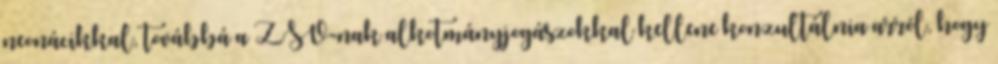
neonácikkal, továbbá a ZSV-nak alkotmányjogászokkal kellene konzultálnia arról, hogy